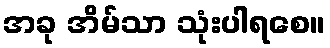
အခု အိမ်သာ သုံးပါရစေ။